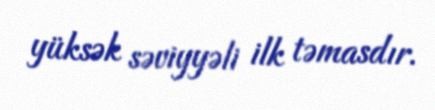
yüksək səviyyəli ilk təmasdır.